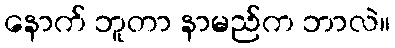
နောက် ဘူတာ နာမည်က ဘာလဲ။